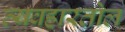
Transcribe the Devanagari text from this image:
व्यवहारतोल